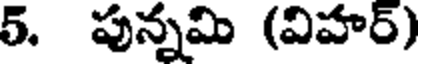
5. పున్నమి (విహర్)